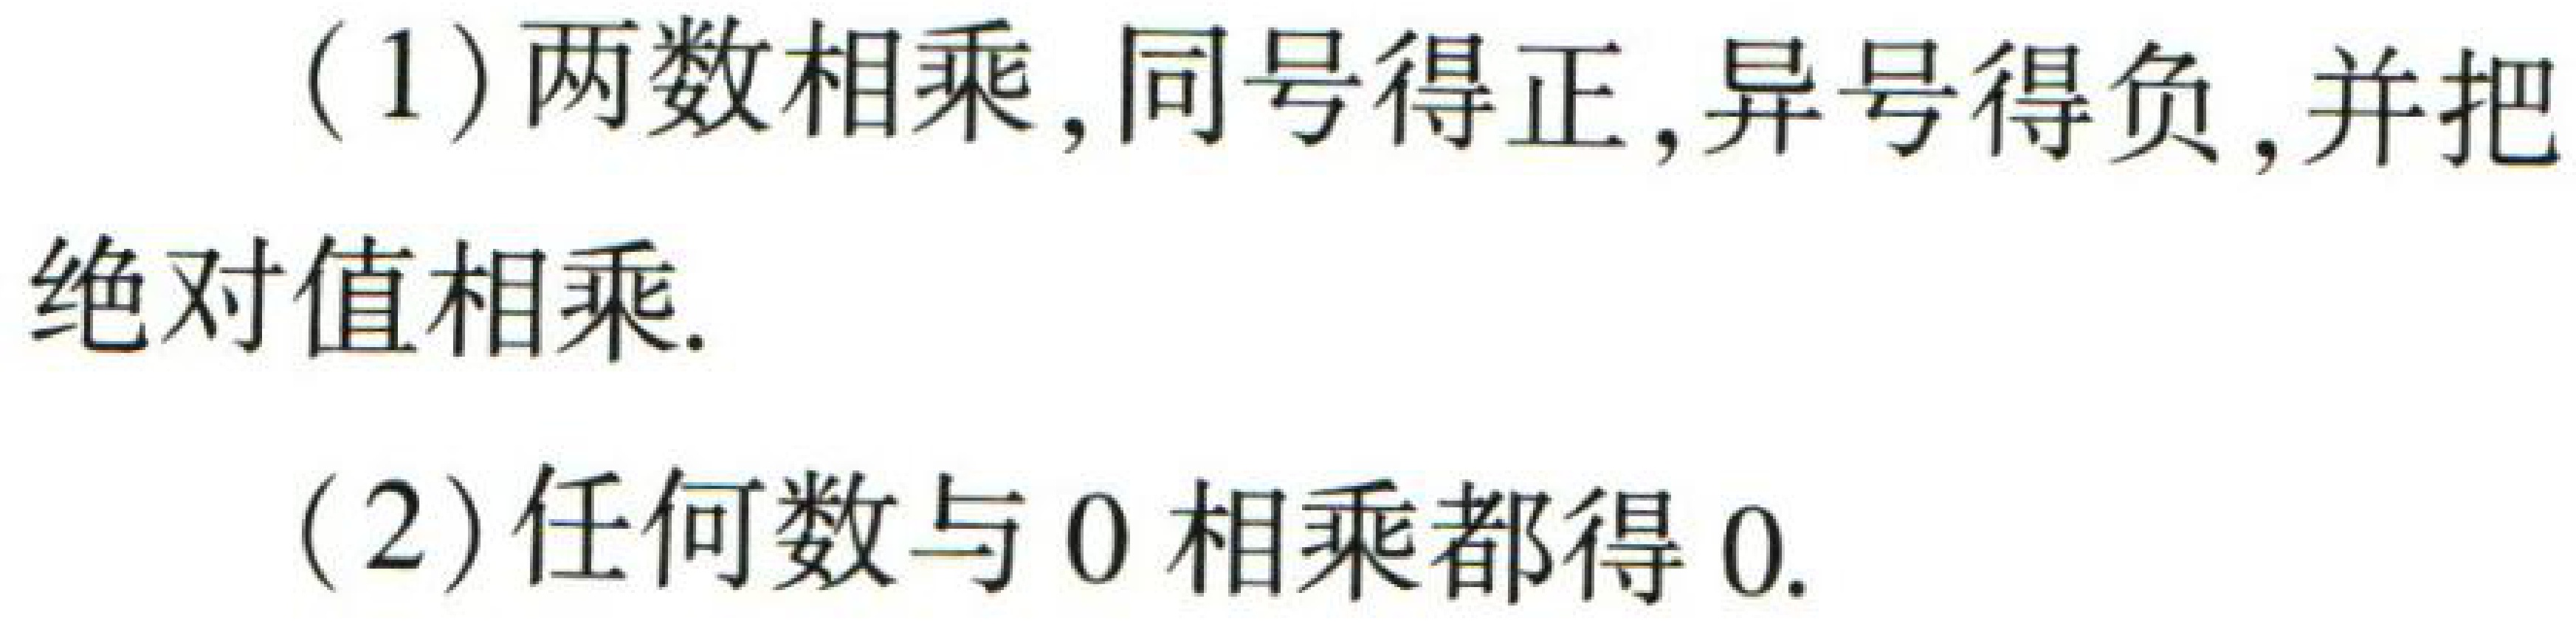
(1) 两数相乘，同号得正，异号得负，并把绝对值相乘.
(2) 任何数与 \(0\) 相乘都得 \(0\).